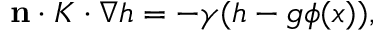
\begin{array} { r } { \mathbf { n } \cdot K \cdot \nabla h = - \gamma ( h - g \phi ( x ) ) , } \end{array}